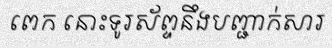
ពេក នោះទូរស័ព្ទនឹងបញ្ជាក់សារ